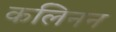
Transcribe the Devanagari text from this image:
कलिनन